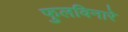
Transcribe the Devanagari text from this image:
फुलविनारे